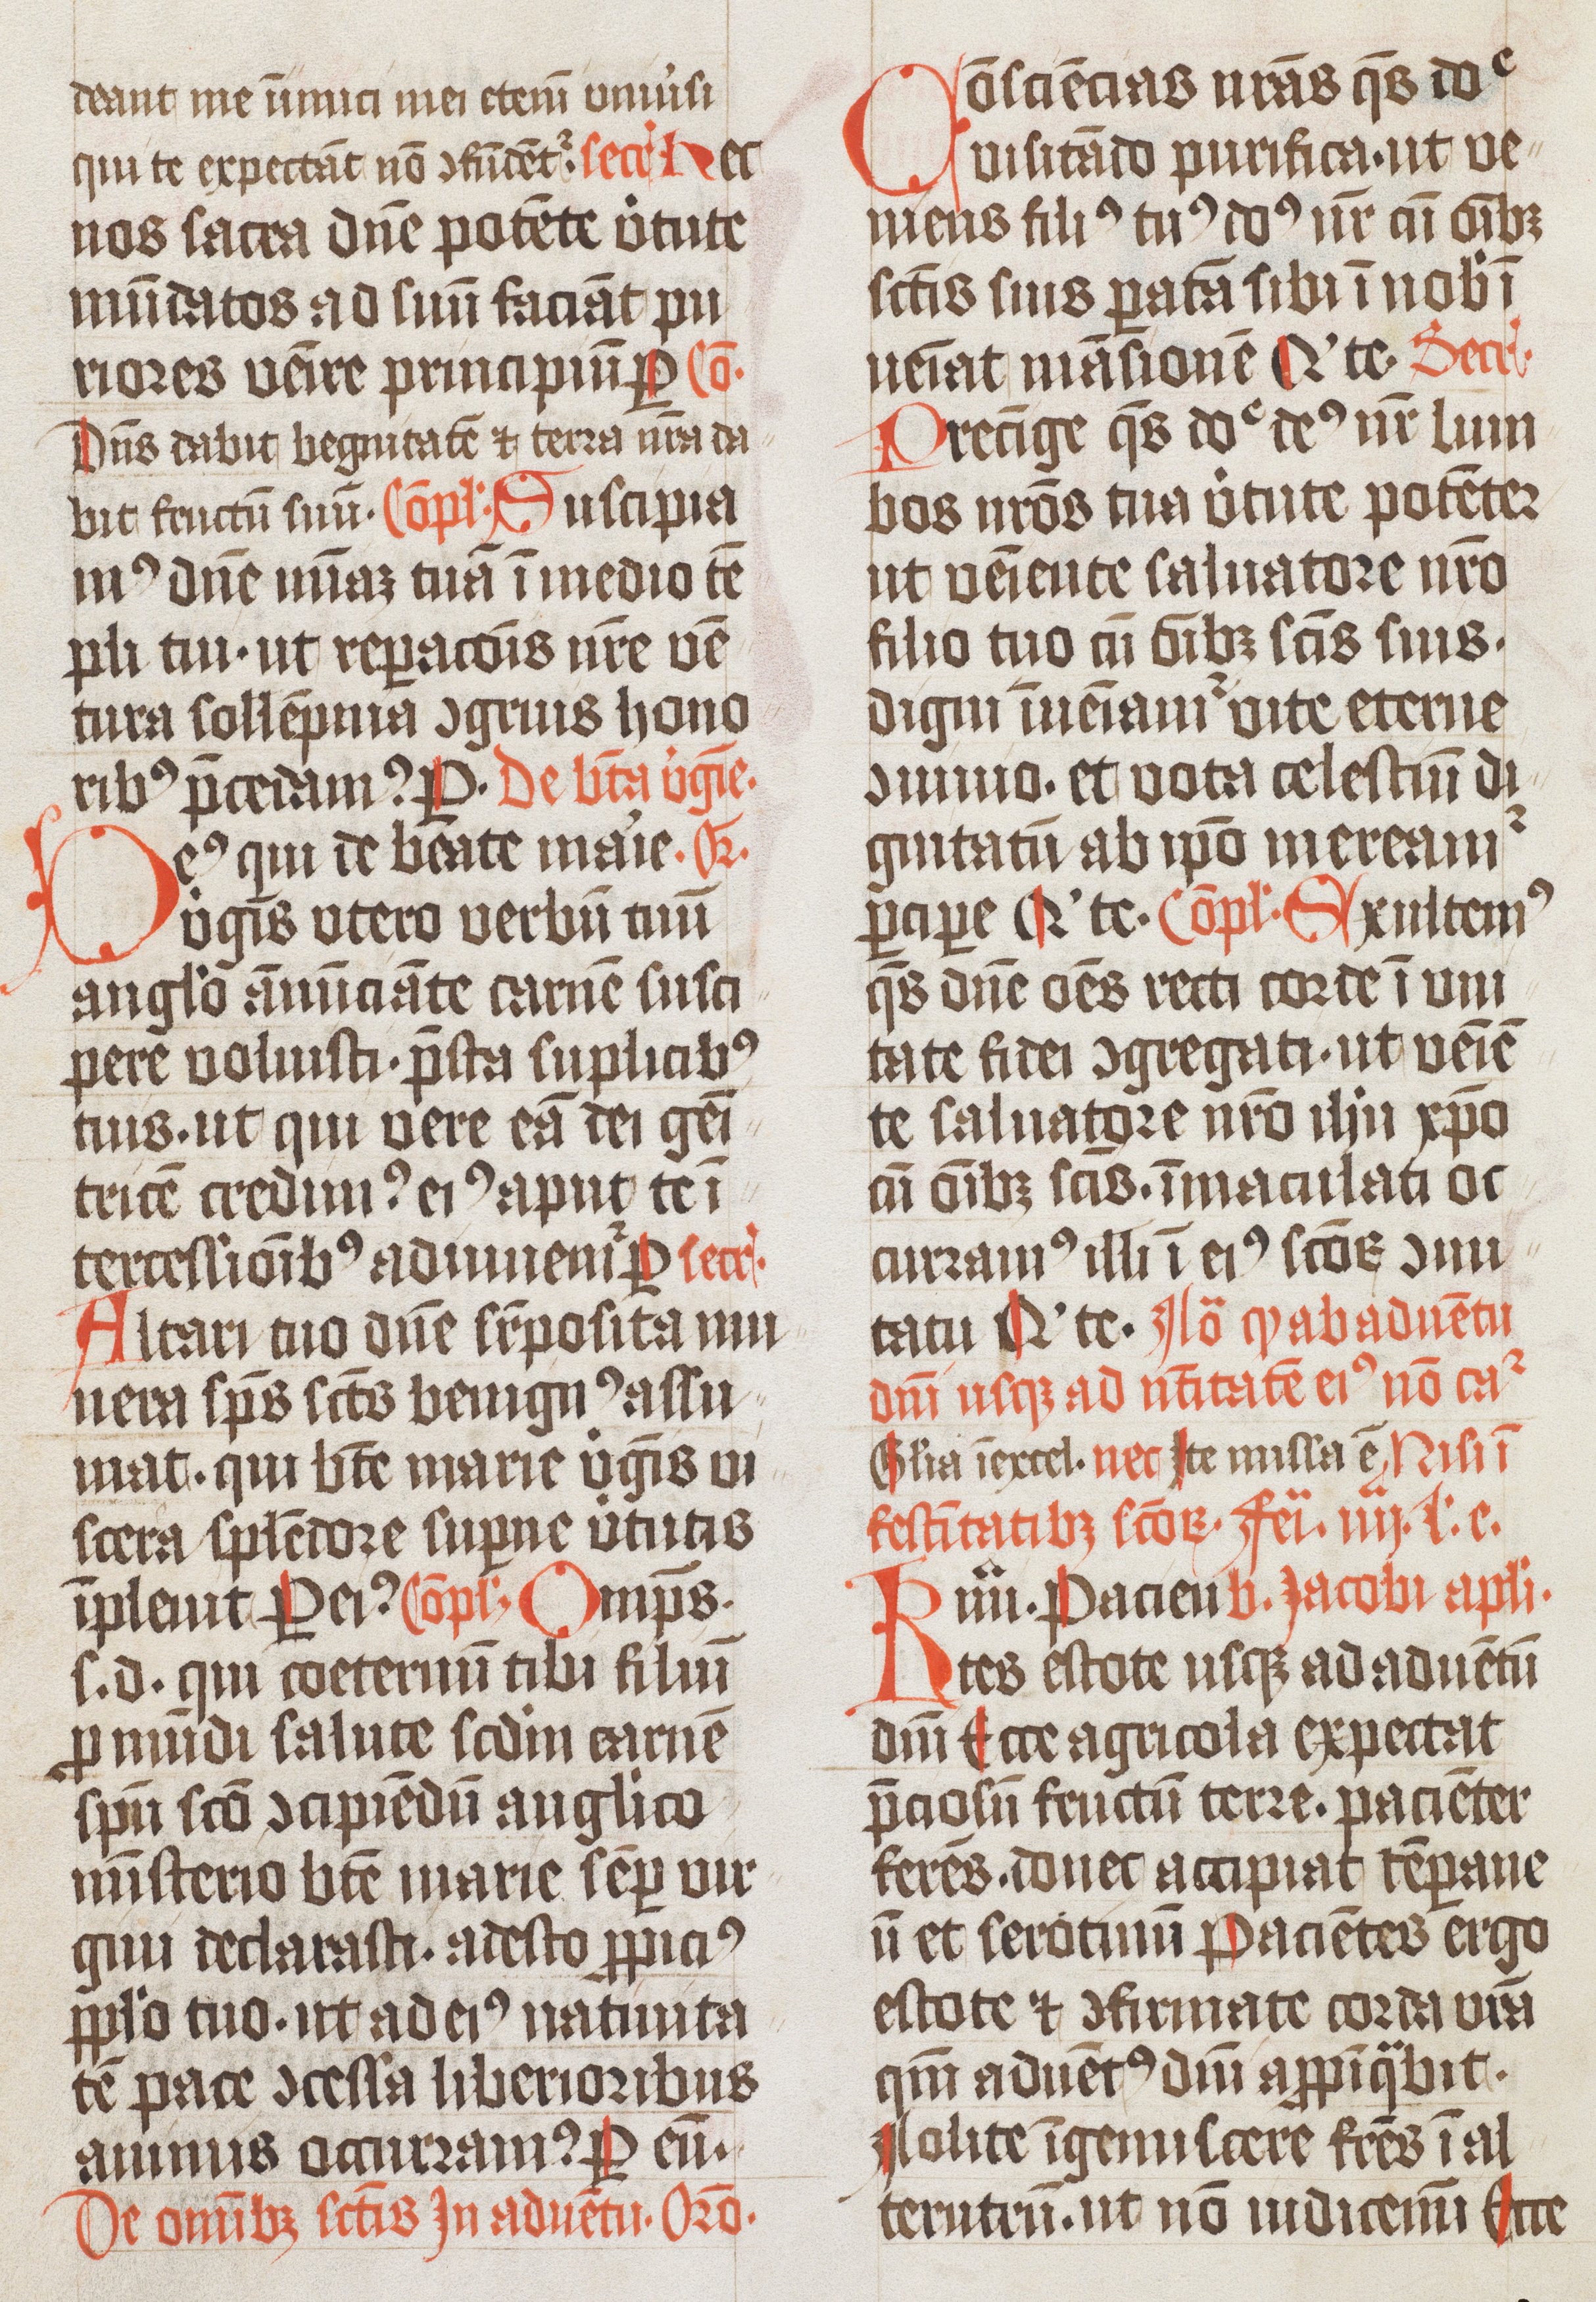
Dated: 1474–1476